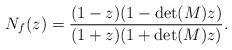
LaTeX: \begin{align*} N_f(z)=\dfrac{(1-z)(1-\det(M)z)}{(1+z)(1+\det(M)z)} . \end{align*}